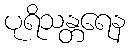
ပုရိသန္တရေန